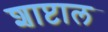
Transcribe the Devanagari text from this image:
शाप्टाल